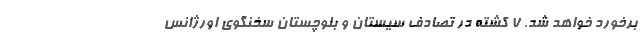
برخورد خواهد شد. 7 کشته در تصادف سیستان و بلوچستان سخنگوی اورژانس